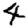
Digit: 4